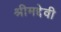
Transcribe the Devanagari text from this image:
श्रीमद्देवी